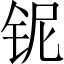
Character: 铌